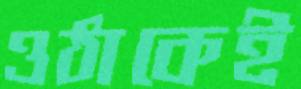
ওঠাকেই